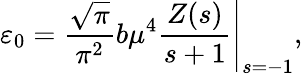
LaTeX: \left.\varepsilon_{0}=\frac{\sqrt{\pi}}{\pi^{2}}b\mu^{4}\frac{Z(s)}{s+1}\right|_{s=-1},